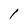
Character: 1